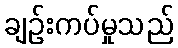
ချဉ်းကပ်မှုသည်